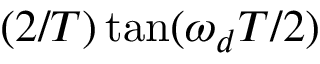
( 2 / T ) \tan ( \omega _ { d } T / 2 )